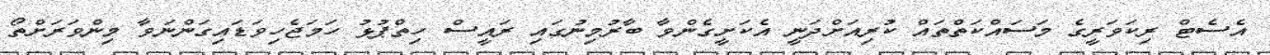
އެސެޓް ރިކަވަރީގެ މަސައްކަތްތައް ކުރިއަށްދަނީ އެކަށީގެންވާ ބާރުމިނުގައި ރައީސް ހިތްޕުޅު ހަމަޖެހިވަޑައިގަންނަވާ މިންވަރަށްތޯ